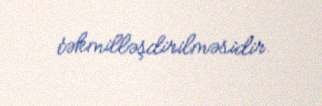
təkmilləşdirilməsidir.